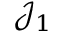
{ \mathcal { J } } _ { 1 }